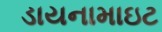
ડાયનામાઇટ